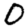
Digit: 0